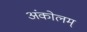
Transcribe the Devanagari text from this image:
अंकोलम्